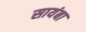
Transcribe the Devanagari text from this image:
सायंबा